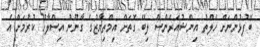
ބޭފުޅުންނަށް ހެލްތު އިންޝުއަރެންސް ލިބޭ ގޮތަށް އިމްތިޔާޒުގެ ގާނޫނު އިސްލާހު ކުރުމަށް އެ